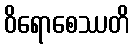
ဝိရောစေဿတိ